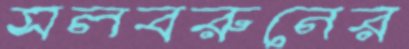
সলবরুনের